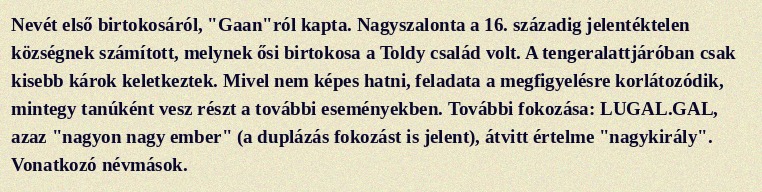
Nevét első birtokosáról, "Gaan"ról kapta. Nagyszalonta a 16. századig jelentéktelen községnek számított, melynek ősi birtokosa a Toldy család volt. A tengeralattjáróban csak kisebb károk keletkeztek. Mivel nem képes hatni, feladata a megfigyelésre korlátozódik, mintegy tanúként vesz részt a további eseményekben. További fokozása: LUGAL.GAL, azaz "nagyon nagy ember" (a duplázás fokozást is jelent), átvitt értelme "nagykirály". Vonatkozó névmások.